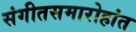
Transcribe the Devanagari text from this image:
संगीतसमारोहांत